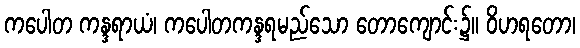
ကပေါတ ကန္ဒရာယံ၊ ကပေါတကန္ဒရမည်သော တောကျောင်း၌။ ဝိဟရတော၊